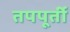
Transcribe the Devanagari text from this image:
तपपूर्ती